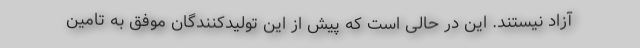
آزاد نیستند. این در حالی است که پیش از این تولیدکنندگان موفق به تامین